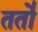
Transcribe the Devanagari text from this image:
ततो॑